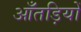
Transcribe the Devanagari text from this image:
आँतड़ियों